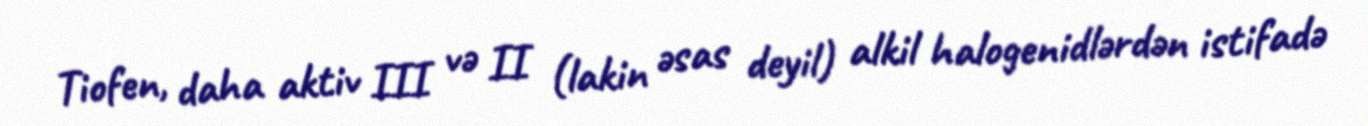
Tiofen, daha aktiv III və II (lakin əsas deyil) alkil halogenidlərdən istifadə